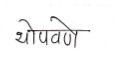
मजकूर: थोपवणे